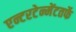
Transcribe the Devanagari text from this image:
एन्टरटेन्मेंटतर्फे